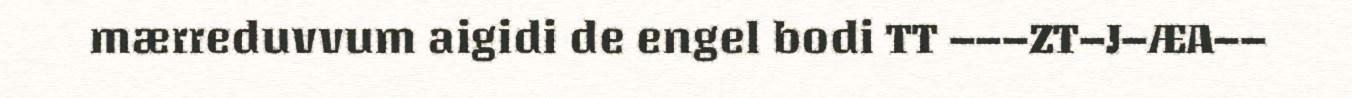
mærreduvvum aigidi de engel bodi TT –––ZT–J–ÆA––